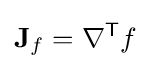
\mathbf {J} _{f}=\nabla ^{\mathsf {T}}f